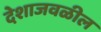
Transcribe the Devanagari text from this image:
देशाजवळील